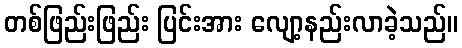
တစ်ဖြည်းဖြည်း ပြင်းအား လျော့နည်းလာခဲ့သည်။